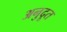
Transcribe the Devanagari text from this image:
अनुदूत